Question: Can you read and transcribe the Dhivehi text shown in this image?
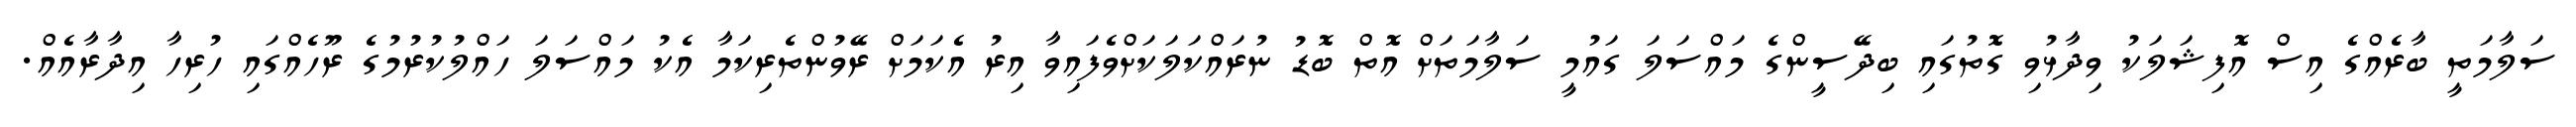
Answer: ސަލާމަތީ ބާރެއްގެ އިސް އޮފިޝަލަކު ވިދާޅުވި ގޮތުގައި ބިދޭސީންގެ މައްސަލަ ގައުމީ ސަލާމަތަށް އޮތް ބޮޑު ނުރައްކަލަކަށްވެފައިވާ އިރު އެކަމަށް ރޭވުންތެރިކަމާ އެކު މައްސަލަ ހައްލުކުރުމުގެ ރޫހެއްގައި ހުރިހާ އިދާރާއެއް.